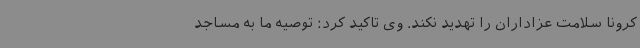
کرونا سلامت عزاداران را تهدید نکند. وی تاکید کرد: توصیه ما به مساجد